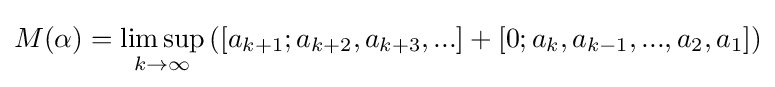
M(\alpha )=\limsup _{k\to \infty }{([a_{k+1};a_{k+2},a_{k+3},...]+[0;a_{k},a_{k-1},...,a_{2},a_{1}])}